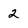
Character: 2